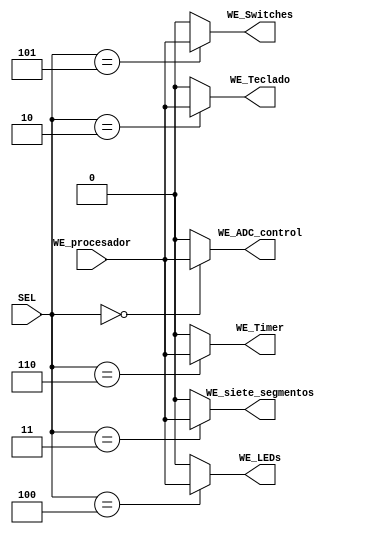
module DEMUX_WE_B (input [2:0]SEL, input WE_procesador, 
                   output reg WE_ADC_control, WE_Teclado, WE_siete_segmentos, WE_LEDs, 
                   WE_Switches, WE_Timer);
always @(*) begin
    WE_ADC_control=0;
    WE_Teclado=0;
    WE_siete_segmentos=0;
    WE_LEDs=0;
    WE_Switches=0;
    WE_Timer=0;
    case (SEL)
        0:WE_ADC_control=WE_procesador;
        2:WE_Teclado=WE_procesador;
        3:WE_siete_segmentos=WE_procesador;
        4:WE_LEDs=WE_procesador;
        5:WE_Switches=WE_procesador;
        6:WE_Timer=WE_procesador;
    endcase
end
endmodule